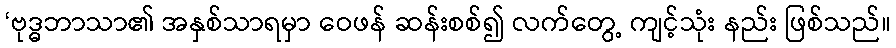
‘ဗုဒ္ဓဘာသာ၏ အနှစ်သာရမှာ ဝေဖန် ဆန်းစစ်၍ လက်တွေ့ ကျင့်သုံး နည်း ဖြစ်သည်။